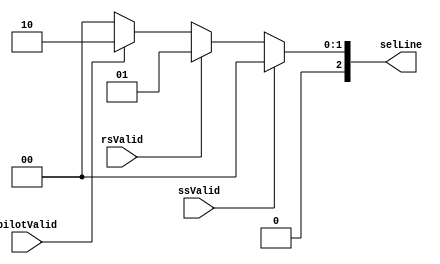
// -------------------------------------------------------------
// 
// 
// Generated by MATLAB 9.13 and HDL Coder 4.0
// 
// -------------------------------------------------------------


// -------------------------------------------------------------
// 
// Module: whdlOFDMTx_Priority_Encoder
// Source Path: whdlOFDMTx/Multiplexer/Multiplex Preamble Signals/Priority Encoder
// Hierarchy Level: 4
// 
// -------------------------------------------------------------

`timescale 1 ns / 1 ns

module whdlOFDMTx_Priority_Encoder
          (ssValid,
           rsValid,
           pilotValid,
           selLine);


  input   ssValid;
  input   rsValid;
  input   pilotValid;
  output  [2:0] selLine;  // ufix3


  reg [2:0] selLine_1;  // ufix3


  always @(pilotValid, rsValid, ssValid) begin
    if (ssValid) begin
      selLine_1 = 3'b000;
    end
    else if (rsValid) begin
      selLine_1 = 3'b001;
    end
    else if (pilotValid) begin
      selLine_1 = 3'b010;
    end
    else begin
      selLine_1 = 3'b000;
    end
  end



  assign selLine = selLine_1;

endmodule  // whdlOFDMTx_Priority_Encoder